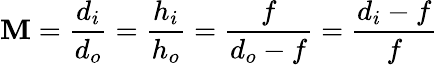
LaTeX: \mathbf{M}={\frac{{d_{i}}}{{d_{o}}}}={\frac{{h_{i}}}{{h_{o}}}}={\frac{{f}}{{d_{o}-f}}}={\frac{{d_{i}-f}}{{f}}}